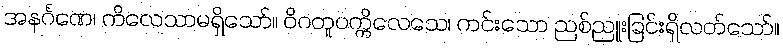
အနင်္ဂဏေ၊ ကိလေသာမရှိသော်။ ဝိဂတူပက္ကိလေသေ၊ ကင်းသော ညစ်ညူးခြင်းရှိလတ်သော်။